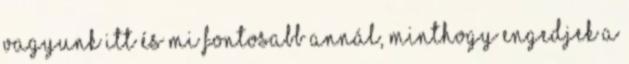
vagyunk itt és mi fontosabb annál, minthogy engedjek a